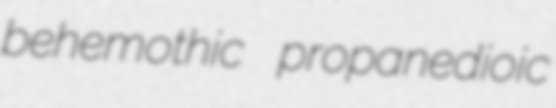
behemothic propanedioic